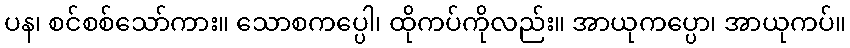
ပန၊ စင်စစ်သော်ကား။ သောစကပ္ပေါ၊ ထိုကပ်ကိုလည်း။ အာယုကပ္ပော၊ အာယုကပ်။